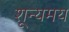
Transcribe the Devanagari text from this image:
शून्यमय